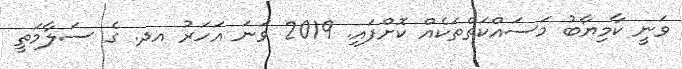
ވަނީ ކާމިޔާބު މަސައްކަތްތަކެއް ކޮށްފައި. 2019 ވަނަ އަހަރު އދ. ގެ ސަލާމަތީ